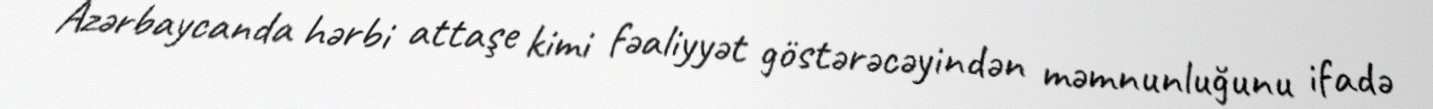
Azərbaycanda hərbi attaşe kimi fəaliyyət göstərəcəyindən məmnunluğunu ifadə